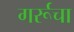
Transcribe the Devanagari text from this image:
गर्रूचा